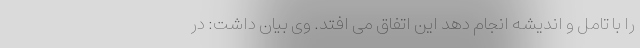
را با تامل و اندیشه انجام دهد این اتفاق می افتد. وی بیان داشت: در